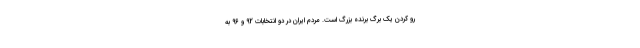
رو کردن یک برگ برنده بزرگ است. مردم ایران در دو انتخابات 92 و 96 به